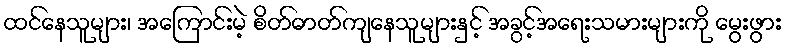
ထင်နေသူများ၊ အကြောင်းမဲ့ စိတ်ဓာတ်ကျနေသူများနှင့် အခွင့်အရေးသမားများကို မွေးဖွား